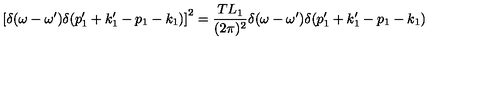
\left[ \delta ( \omega - \omega ^ { \prime } ) \delta ( p _ { 1 } ^ { \prime } + k _ { 1 } ^ { \prime } - p _ { 1 } - k _ { 1 } ) \right] ^ { 2 } = { \frac { T L _ { 1 } } { ( 2 \pi ) ^ { 2 } } } \delta ( \omega - \omega ^ { \prime } ) \delta ( p _ { 1 } ^ { \prime } + k _ { 1 } ^ { \prime } - p _ { 1 } - k _ { 1 } )